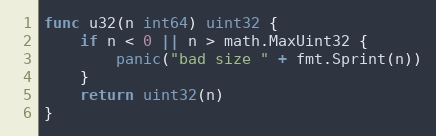
Language: Go
func u32(n int64) uint32 {
	if n < 0 || n > math.MaxUint32 {
		panic("bad size " + fmt.Sprint(n))
	}
	return uint32(n)
}